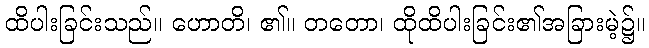
ထိပါးခြင်းသည်။ ဟောတိ၊ ၏။ တတော၊ ထိုထိပါးခြင်း၏အခြားမဲ့၌။